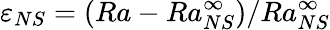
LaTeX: \varepsilon_{NS}=(Ra-Ra_{NS}^{\infty})/Ra_{NS}^{\infty}